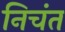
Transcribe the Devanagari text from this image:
निचंत